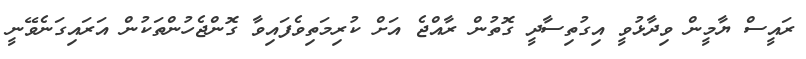
ރައީސް ޔާމީން ވިދާޅުވީ އިގުތިސާދީ ގޮތުން ރާއްޖެ އަށް ކުރިމަތިވެފައިވާ ގޮންޖެހުންތަކުން އަރައިގަނެވޭނީ